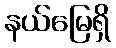
နယ်မြေရှိ